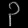
Digit: ၃